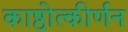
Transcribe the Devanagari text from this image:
काष्ठोत्कीर्णन